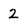
Character: 2